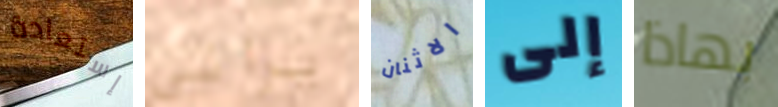
إستعادة يراني الاثنان إلى بهاذا